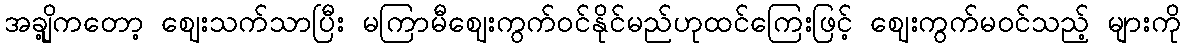
အချို့ကတော့ ဈေးသက်သာပြီး မကြာမီဈေးကွက်ဝင်နိုင်မည်ဟုထင်ကြေးဖြင့် ဈေးကွက်မဝင်သည့် များကို